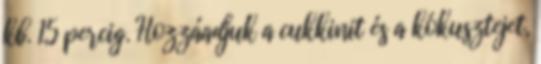
kb. 15 percig. Hozzáadjuk a cukkinit és a kókusztejet,